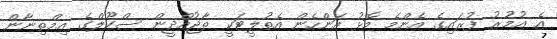
އެ އުމުރު ފުރައިގެ އެންމެ މޮޅު އަންހެން އެތުލީޓަކީ ތާޖުއްދީން ސްކޫލްގެ އިމްތިނާން